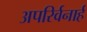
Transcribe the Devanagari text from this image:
अपरिर्वनार्ह